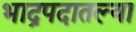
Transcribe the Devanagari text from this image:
भाद्रपदातल्या